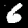
Label: 6